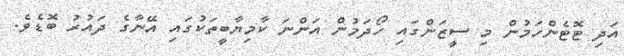
އަދި ޓޮޓެންހަމުން މި ސީޒަންގައި ހޯދަމުން އަންނަ ކާމިޔާބީތަކުގައި އޭނާގެ ދައުރު ބޮޑެވެ.